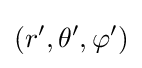
(r',\theta ',\varphi ')